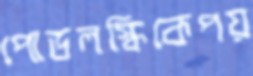
পোডলস্কিকেপয়